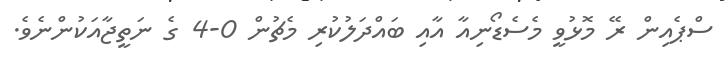
ސްޕެއިން ރޭ މޮޅުވީ މެސެޑޯނިއާ އާއި ބައްދަލުކުރި މެޗުން 0-4 ގެ ނަތީޖާއަކުންނެވެ.